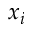
x _ { i }